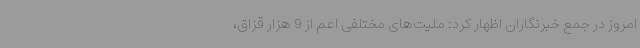
امروز در جمع خبرنگاران اظهار کرد: ملیت‌های مختلفی اعم از 9 هزار قزاق،